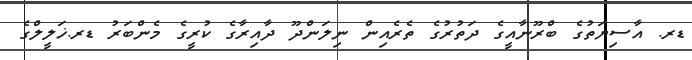
ޑރ. އާސިޔަތުގެ ބްރޫނާއީގެ ދަތުރުގެ ތެރެއިން ނިލަންދޫ ދާއިރާގެ ކުރީގެ މެންބަރު ޑރ.ޚަލީލްގެ